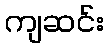
ကျဆင်း